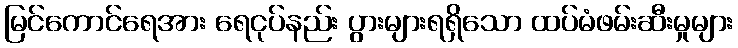
မြင်ကောင်ရေအား ရေငုပ်နည်း ပွားများရရှိသော ထပ်မံဖမ်းဆီးမှုများ